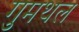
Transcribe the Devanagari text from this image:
गुमथल